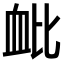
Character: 𫋪